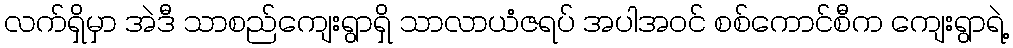
လက်ရှိမှာ အဲဒီ သာစည်ကျေးရွာရှိ သာလာယံဇရပ် အပါအဝင် စစ်ကောင်စီက ကျေးရွာရဲ့